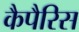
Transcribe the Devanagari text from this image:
कैपैरिस